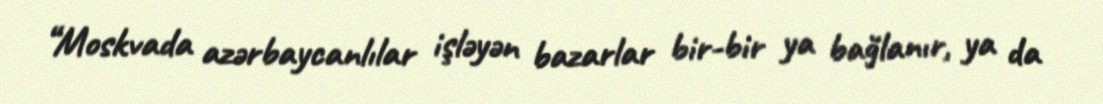
“Moskvada azərbaycanlılar işləyən bazarlar bir-bir ya bağlanır, ya da